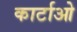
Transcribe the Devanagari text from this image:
कार्टाओ